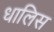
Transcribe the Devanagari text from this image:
धालिस